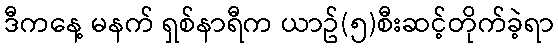
ဒီကနေ့ မနက် ရှစ်နာရီက ယာဥ်(၅)စီးဆင့်တိုက်ခဲ့ရာ